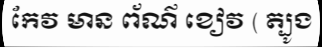
កែវ មាន ព័ណ៌ ខៀវ ( ត្បូង